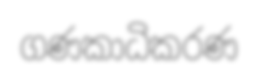
ගණකාධිකරණ